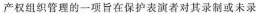
产权组织管理的一项旨在保护表演者对其录制或未录